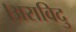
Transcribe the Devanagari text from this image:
।अराविदु